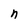
Character: n